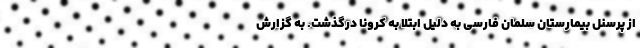
از پرسنل بیمارستان سلمان فارسی به دلیل ابتلا به کرونا درگذشت. به گزارش